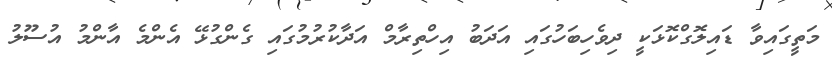
މަތީގައިވާ ޑައިލޮގްކޮޅަކީ ދިވެހިބަހުގައި އަދަބު އިހްތިރާމް އަދާކުރުމުގައި ގެންގުޅޭ އެންމެ އާންމު އުސޫލު